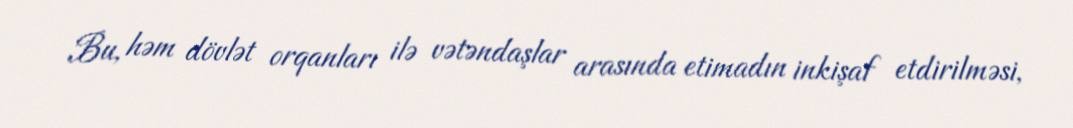
Bu, həm dövlət orqanları ilə vətəndaşlar arasında etimadın inkişaf etdirilməsi,